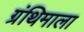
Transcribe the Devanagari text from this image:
ग्रंथिमाला